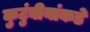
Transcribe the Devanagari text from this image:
कुटुंबीयांकडे